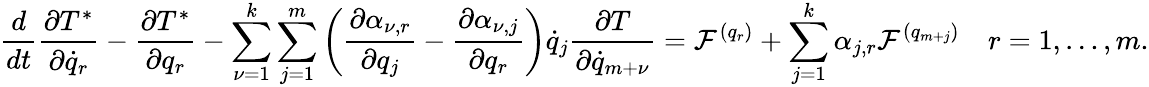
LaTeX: \frac{d}{dt}\frac{\partial T^{*}}{\partial{\dot{q}}_{r}}-\frac{\partial T^{*}}{\partial q_{r}}-\sum_{\nu=1}^{k}\sum_{j=1}^{m}\left(\frac{\partial\alpha_{\nu,r}}{\partial q_{j}}-\frac{\partial\alpha_{\nu,j}}{\partial q_{r}}\right){\dot{q}}_{j}\frac{\partial T}{\partial{\dot{q}}_{m+\nu}}={\cal F}^{(q_{r})}+\sum_{j=1}^{k}\alpha_{j,r}{\cal F}^{(q_{m+j})}\quad r=1,\dots,m.